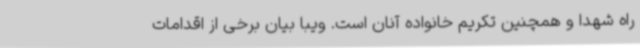
راه شهدا و همچنین تکریم خانواده آنان است. ویبا بیان برخی از اقدامات